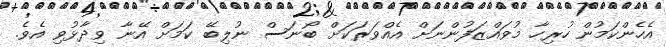
އެހެންކަމުން ހުރިހާ މުވައްޒަފުންނަށް އެއްވަރަކަށް ބޯނަސް ނުލިބޭ ކަމަށް އޭނާ ވިދާޅުވި އެވެ.